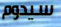
سيدوم